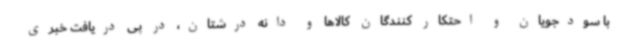
با سودجویان و احتکار کنندگان کالاها و دانه درشتان، در پی دریافت خبری